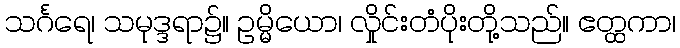
သင်္ဂရေ၊ သမုဒ္ဒရာ၌။ ဥမ္မိယော၊ လှိုင်းတံပိုးတို့သည်။ ဧတ္ထကာ၊